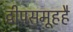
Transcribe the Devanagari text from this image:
द्वीपसमूहहै